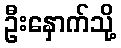
ဦးနှောက်သို့